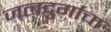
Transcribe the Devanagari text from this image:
जलदुर्गाचा